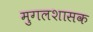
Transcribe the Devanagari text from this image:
मुगलशासक